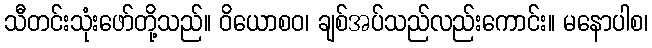
သီတင်းသုံးဖော်တို့သည်။ ဝိယောစဝ၊ ချစ်အပ်သည်လည်းကောင်း။ မနောပါစ၊